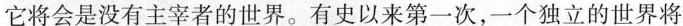
它将会是没有主宰者的世界。有史以来第一次，一个独立的世界将